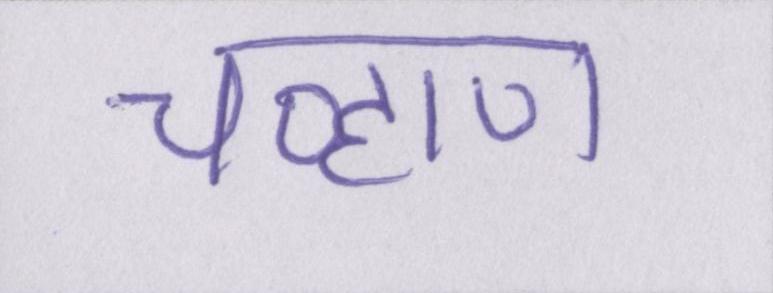
चव्हाण